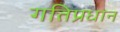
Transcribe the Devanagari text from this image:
गतिप्रधान